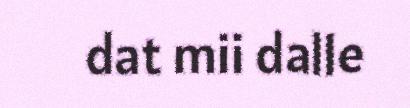
dat mii dalle